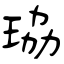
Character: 珕